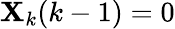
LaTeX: {\mathbf{X}}_{k}(k-1)=0